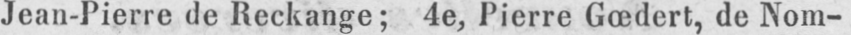
Jean-Pierre de Reckange; 4e, Pierre Gœdert, de Nom-